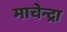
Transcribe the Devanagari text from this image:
माचेन्द्रा